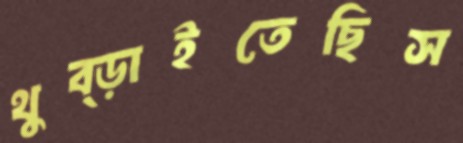
থুব্‌ড়াইতেছিস